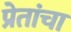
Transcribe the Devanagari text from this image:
प्रेतांचा